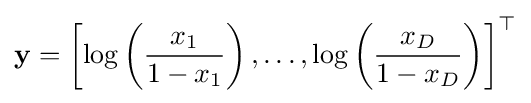
\mathbf {y} =\left[\log \left({\frac {x_{1}}{1-x_{1}}}\right),\dots ,\log \left({\frac {x_{D}}{1-x_{D}}}\right)\right]^{\top }